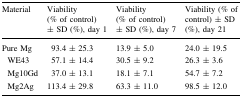
<table><thead><tr><td><b>Material</b></td><td><b>Viability (% of control) ± SD (%), day 1</b></td><td><b>Viability (% of control) ± SD (%), day 7</b></td><td><b>Viability (% of control) ± SD (%), day 21</b></td></tr></thead><tbody><tr><td>Pure Mg</td><td>93.4 ± 25.3</td><td>13.9 ± 5.0</td><td>24.0 ± 19.5</td></tr><tr><td> WE43</td><td>57.1 ± 14.4</td><td>30.5 ± 9.2</td><td>26.3 ± 3.6</td></tr><tr><td> Mg10Gd</td><td>37.0 ± 13.1</td><td>18.1 ± 7.1</td><td>54.7 ± 7.2</td></tr><tr><td> Mg2Ag</td><td>113.4 ± 29.8</td><td>63.3 ± 11.0</td><td>98.5 ± 12.0</td></tr></tbody></table>